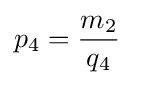
p_{4}={\frac {m_{2}}{q_{4}}}\